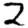
Digit: 2